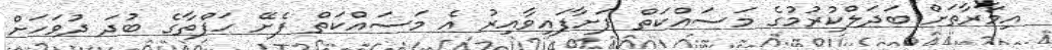
އިމާރާތަށް ބަދަލްކުރުމުގެ މަސައްކަތް ފަށާފައިވާއިރު އެ މަސައްކަތް ފެށޭ ހަފްތާގެ ބުދަ ދުވަހަށް